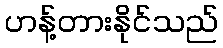
ဟန့်တားနိုင်သည်